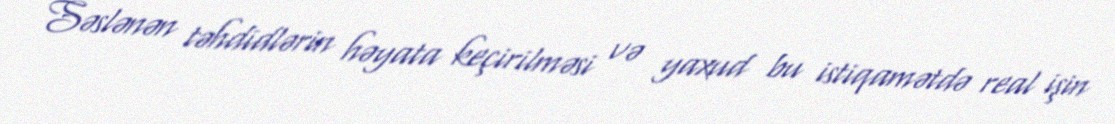
Səslənən təhdidlərin həyata keçirilməsi və yaxud bu istiqamətdə real işin